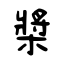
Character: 槳